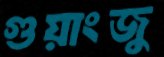
গুয়াংজু